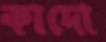
কাদো